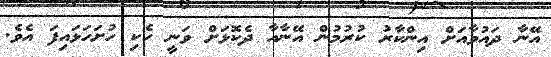
އޭނާ ދައުވާއަށް އިންކާރު ކުރުމުން އޭނާއާ ދެކޮޅަށް ވަނީ ހެކި ހުށަހަޅައިފަ އެވެ.